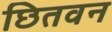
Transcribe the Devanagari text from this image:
छितवन